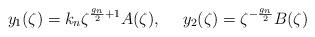
LaTeX: \begin{align*}y_1(\zeta) = k_n \zeta^{\frac{g_n}{2}+1} A(\zeta),~~~~y_2(\zeta)=\zeta^{-\frac{g_n}{2}} B(\zeta)\end{align*}